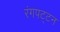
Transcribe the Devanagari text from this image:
रंगपट्टन